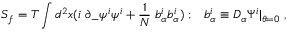
S _ { f } = T \int d ^ { 2 } x ( i \; \partial _ { - } \psi ^ { i } \psi ^ { i } + { \frac { 1 } { N } } \; b _ { \alpha } ^ { i } b _ { \alpha } ^ { i } ) \; ; \; \; \; b _ { \alpha } ^ { i } \equiv D _ { \alpha } \Psi ^ { i } | _ { \theta = 0 } \; ,